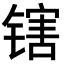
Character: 𬭪